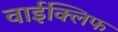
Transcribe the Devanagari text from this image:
वाईक्लिफ